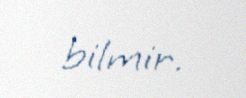
bilmir.